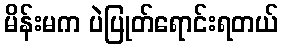
မိန်းမက ပဲပြုတ်ရောင်းရတယ်